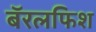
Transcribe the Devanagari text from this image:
बॅरलफिश